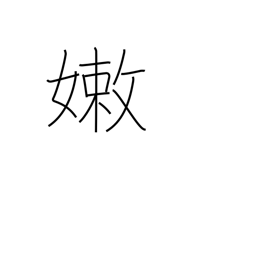
Meaning: weak